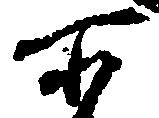
所